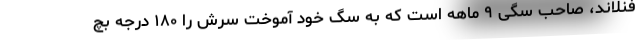
فنلاند، صاحب سگی ۹ ماهه است که به سگ خود آموخت سرش را ۱۸۰ درجه بچ